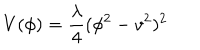
V ( \phi ) = { \frac { \lambda } { 4 } } ( \phi ^ { 2 } - v ^ { 2 } ) ^ { 2 }